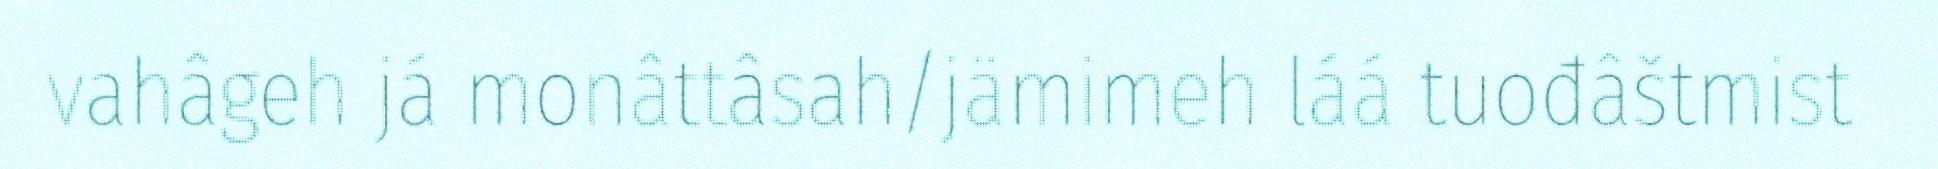
vahâgeh já monâttâsah/jämimeh láá tuođâštmist